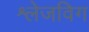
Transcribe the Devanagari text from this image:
श्लेजविग